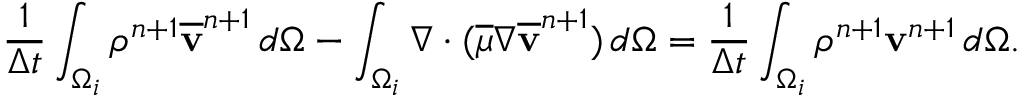
\frac { 1 } { \Delta t } \int _ { \Omega _ { i } } \rho ^ { n + 1 } \overline { { \mathbf v } } ^ { n + 1 } \, d \Omega - \int _ { \Omega _ { i } } \nabla \cdot ( \overline { { \mu } } \nabla \overline { { \mathbf v } } ^ { n + 1 } ) \, d \Omega = \frac { 1 } { \Delta t } \int _ { \Omega _ { i } } \rho ^ { n + 1 } \mathbf v ^ { n + 1 } \, d \Omega .